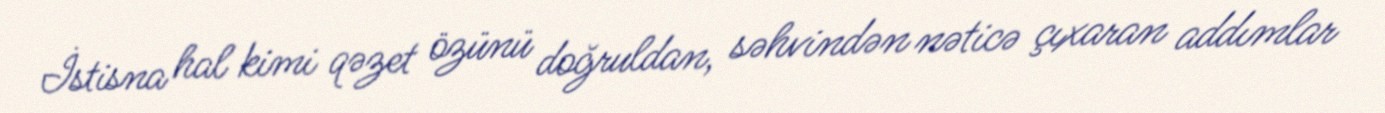
İstisna hal kimi qəzet özünü doğruldan, səhvindən nəticə çıxaran addımlar